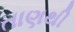
તાણથી